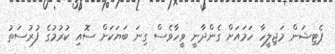
ޕެޓިޝަން މަޖިލީހާ ހަމައަށް ގެންދާނީ ވީހާވެސް ގިނަ ބަޔަކަށް ސޮއި ކުރުމުގެ ފުރުސަތު